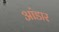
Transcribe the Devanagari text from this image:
आंडार